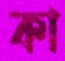
কা